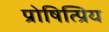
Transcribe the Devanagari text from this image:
प्रोषित्प्रिय